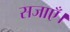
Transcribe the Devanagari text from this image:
सजाएँ।